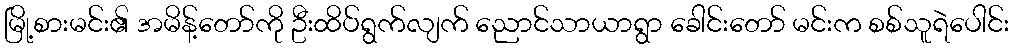
မြို့စားမင်း၏ အမိန့်တော်ကို ဦးထိပ်ရွက်လျက် ညောင်သာယာရွာ ခေါင်းတော် မင်းက စစ်သူရဲပေါင်း